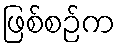
ဖြစ်စဉ်က